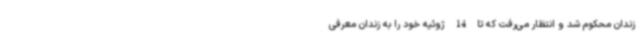
زندان محکوم شد و انتظار می‌رفت که تا 14 ژوئیه خود را به زندان معرفی